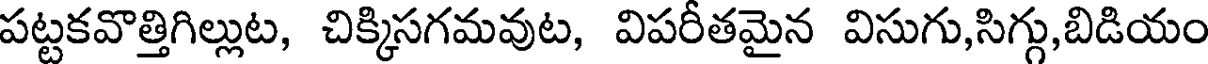
పట్టకవొత్తిగిల్లుట, చిక్కిసగమవుట, విపరీతమైన విసుగు,సిగ్గు,బిడియం